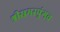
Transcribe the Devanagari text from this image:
श्रीसमरपुंगव